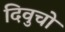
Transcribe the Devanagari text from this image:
दिवुचो